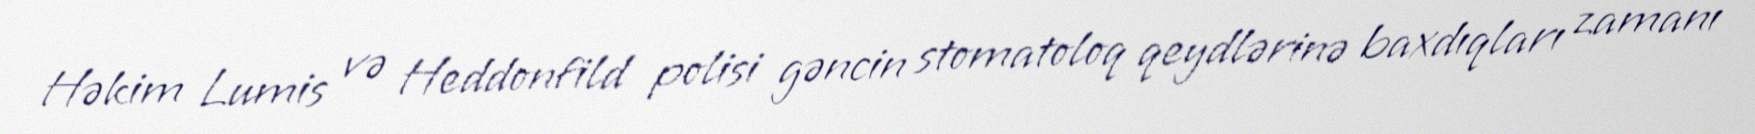
Həkim Lumis və Heddonfild polisi gəncin stomatoloq qeydlərinə baxdıqları zamanı